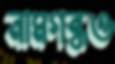
নামগন্ধও